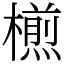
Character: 𣜭